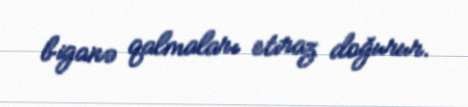
biganə qalmaları etiraz doğurur.